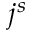
j ^ { s }